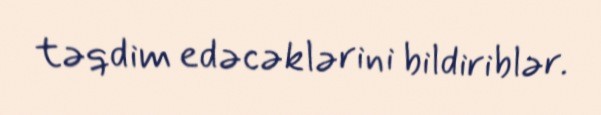
təqdim edəcəklərini bildiriblər.